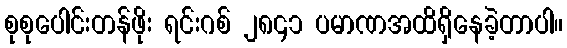
စုစုပေါင်းတန်ဖိုး ရင်းဂစ် ၂၈၄၁ ပမာဏအထိရှိနေခဲ့တာပါ။